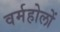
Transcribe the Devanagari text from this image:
वर्महोलों